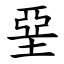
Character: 堊